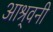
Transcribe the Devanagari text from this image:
आश्र्वनी